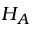
H _ { A }